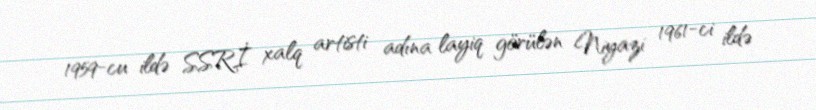
1959-cu ildə SSRİ xalq artisti adına layiq görülən Niyazi 1961-ci ildə